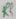
Text: R2